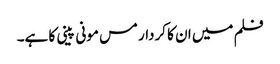
فلم میں ان کا کردار مس مونی پینی کا ہے۔